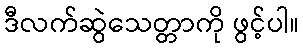
ဒီလက်ဆွဲသေတ္တာကို ဖွင့်ပါ။